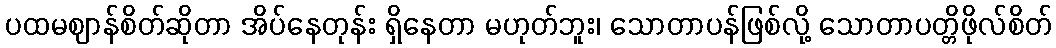
ပထမဈာန်စိတ်ဆိုတာ အိပ်နေတုန်း ရှိနေတာ မဟုတ်ဘူး၊ သောတာပန်ဖြစ်လို့ သောတာပတ္တိဖိုလ်စိတ်